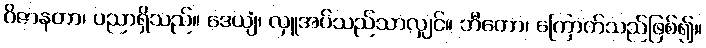
ဝိဇာနတာ၊ ပညာရှိသည်။ ဒေယျံ၊ လှူအပ်သည်သာလျှင်။ ဘီတော၊ ကြောက်သည်ဖြစ်၍။